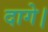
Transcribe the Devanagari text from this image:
दागे।